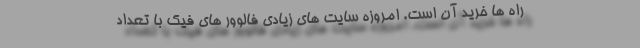
راه ها خرید آن است. امروزه سایت های زیادی فالوور های فیک با تعداد